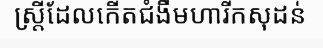
ស្ត្រីដែលកើតជំងឺមហារីកសុដន់